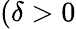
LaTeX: (\delta>0